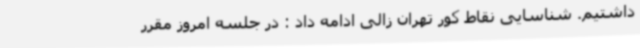
داشتیم. شناسایی نقاط کور تهران زالی ادامه داد : در جلسه امروز مقرر